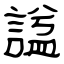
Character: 諡